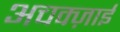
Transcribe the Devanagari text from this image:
अचक्ज़ाई